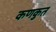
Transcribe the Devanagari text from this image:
कणकुत